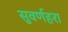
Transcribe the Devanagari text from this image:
सुवर्णहरा